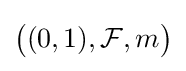
\textstyle {\big (}(0,1),{\mathcal {F}},m{\big )}